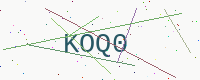
Text: KOQ0